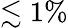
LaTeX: \lesssim 1\%